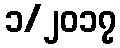
၁/၂၀၁၇